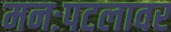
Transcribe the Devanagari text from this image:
मनःपटलावर